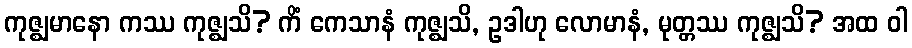
ကုဇ္ဈမာနော ကဿ ကုဇ္ဈသိ? ကိံ ကေသာနံ ကုဇ္ဈသိ, ဥဒါဟု လောမာနံ, မုတ္တဿ ကုဇ္ဈသိ? အထ ဝါ